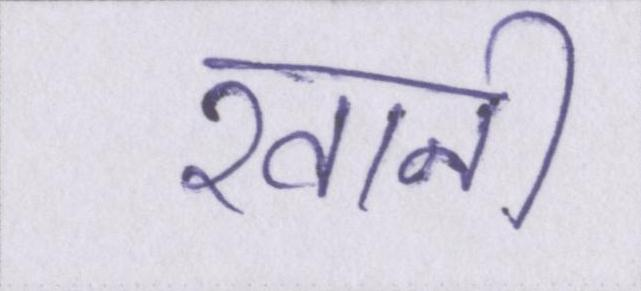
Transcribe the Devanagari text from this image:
खानी